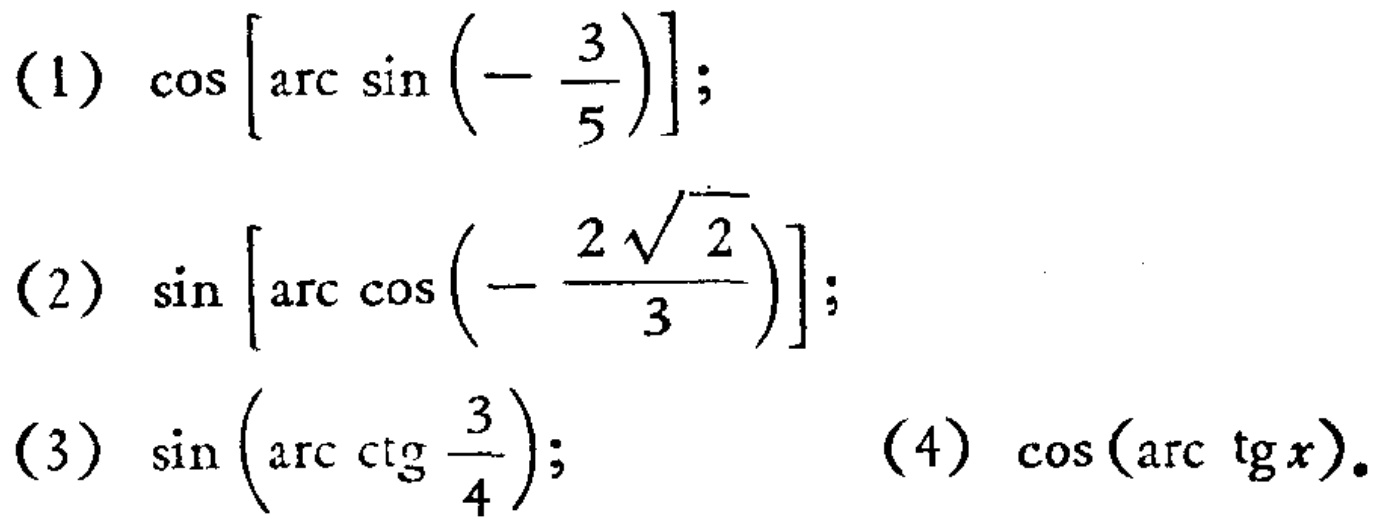
(1) \(\cos\left[\arcsin\left(-\frac{3}{5}\right)\right]\);
(2) \(\sin\left[\arccos\left(-\frac{2\sqrt{2}}{3}\right)\right]\);
(3) \(\sin\left(\text{arc}\cot\frac{3}{4}\right)\);
(4) \(\cos(\text{arc}\tan x)\).